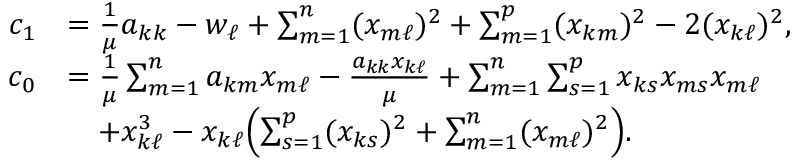
\begin{array} { r l } { c _ { 1 } } & { = \frac { 1 } { \mu } a _ { k k } - w _ { \ell } + \sum _ { m = 1 } ^ { n } ( x _ { m \ell } ) ^ { 2 } + \sum _ { m = 1 } ^ { p } ( x _ { k m } ) ^ { 2 } - 2 ( x _ { k \ell } ) ^ { 2 } , } \\ { c _ { 0 } } & { = \frac { 1 } { \mu } \sum _ { m = 1 } ^ { n } a _ { k m } x _ { m \ell } - \frac { a _ { k k } x _ { k \ell } } { \mu } + \sum _ { m = 1 } ^ { n } \sum _ { s = 1 } ^ { p } x _ { k s } x _ { m s } x _ { m \ell } } \\ & { \quad + x _ { k \ell } ^ { 3 } - x _ { k \ell } \Bigl ( \sum _ { s = 1 } ^ { p } ( x _ { k s } ) ^ { 2 } + \sum _ { m = 1 } ^ { n } ( x _ { m \ell } ) ^ { 2 } \Bigr ) . } \end{array}